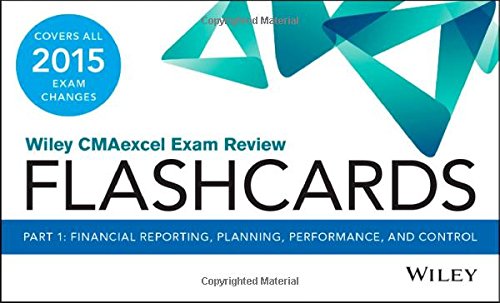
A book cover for Wiley CMAexcel Exam Review 2015 Flashcards: Part 1, Financial Planning, Performance and Control (Wiley CMA Learning System); Wiley; Test Preparation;